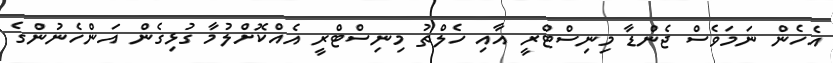
އެހެން ނަމަވެސް ޖެންޑާ މިނިސްޓްރީ އާއި ހެލްތު މިނިސްޓްރީ އެއްކޮށްލުމާ ގުޅިގެން އަންހެނުންގެ